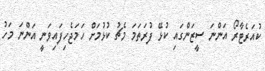
ކުއަރެޓާރޯ އަންނަ ސީޒަންގައި ކުޅޭ ފުރަތަމަ މެޗު ކުޅުމަށް ހަމަޖެހިފައިވަނީ އަންނަ މަހު